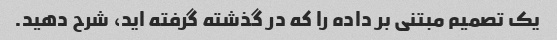
یک تصمیم مبتنی بر داده را که در گذشته گرفته اید، شرح دهید.